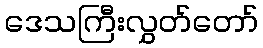
ဒေသကြီးလွှတ်တော်